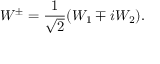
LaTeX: W ^ { \pm } = { \frac { 1 } { \sqrt { 2 } } } ( W _ { 1 } \mp i W _ { 2 } ) .